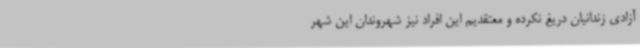
آزادی زندانیان دریغ نکرده و معتقدیم این افراد نیز شهروندان این شهر